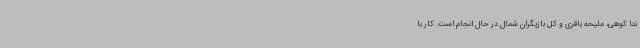
ندا کوهی، ملیحه باقری و کل بازیگران شمال در حال انجام است. کار با